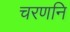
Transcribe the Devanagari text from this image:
चरणनि